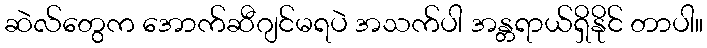
ဆဲလ်တွေက အောက်ဆီဂျင်မရပဲ အသက်ပါ အန္တရာယ်ရှိနိုင် တာပါ။